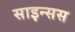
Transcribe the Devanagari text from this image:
साइन्सस